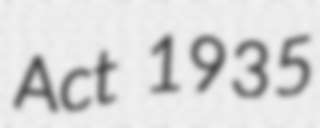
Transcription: Act 1935